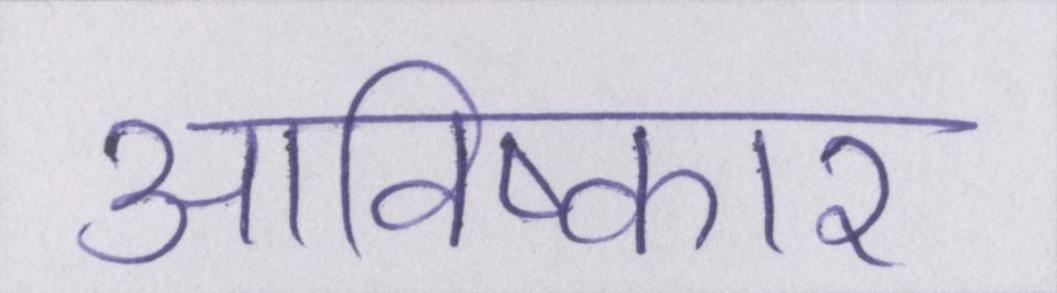
आविष्कार